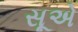
સૂએ